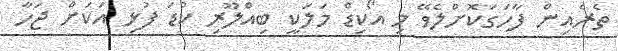
ތެރެއިން ފާހަގަކޮށްލެވޭ މި އޯކިޑް މަލަކީ ބިއްލޫރި ކުޑަ ފުޅި އަކަށް ޖަހާ